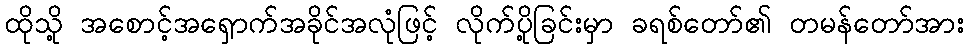
ထိုသို့ အစောင့်အရှောက်အခိုင်အလုံဖြင့် လိုက်ပို့ခြင်းမှာ ခရစ်တော်၏ တမန်တော်အား